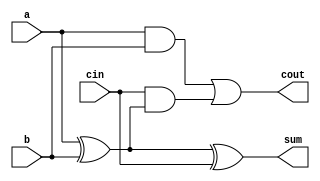
module full_adder (
    input wire a,      // First input bit
    input wire b,      // Second input bit
    input wire cin,    // Carry input
    output wire sum,   // Sum output
    output wire cout   // Carry output
);
    assign sum = a ^ b ^ cin; // Sum is the XOR of the inputs
    assign cout = (a & b) | (cin & (a ^ b)); // Carry is generated
endmodule